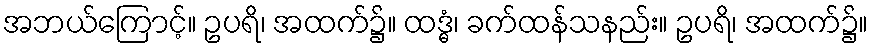
အဘယ်ကြောင့်။ ဥပရိ၊ အထက်၌။ ထဒ္ဓံ၊ ခက်ထန်သနည်း။ ဥပရိ၊ အထက်၌။